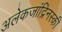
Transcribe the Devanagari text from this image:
अलेकजांद्रिनस्की